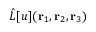
\hat { L } [ u ] ( { \mathbf { r } _ { 1 } } , { \mathbf { r } _ { 2 } } , { \mathbf { r } _ { 3 } } )